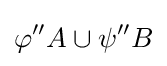
\varphi ''A\cup \psi ''B